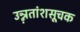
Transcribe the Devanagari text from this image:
उन्ऩतांशसूचक